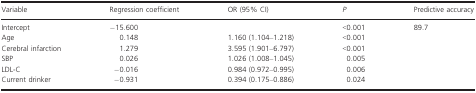
<table><thead><tr><td><b>Variable</b></td><td><b>Regression coefficient</b></td><td><b>OR (95% CI)</b></td><td><b><i>P</i></b></td><td><b>Predictive accuracy</b></td></tr></thead><tbody><tr><td>Intercept</td><td>−15.600</td><td></td><td>&lt;0.001</td><td>89.7</td></tr><tr><td>Age</td><td>0.148</td><td>1.160 (1.104–1.218)</td><td>&lt;0.001</td><td></td></tr><tr><td>Cerebral infarction</td><td>1.279</td><td>3.595 (1.901–6.797)</td><td>&lt;0.001</td><td></td></tr><tr><td>SBP</td><td>0.026</td><td>1.026 (1.008–1.045)</td><td>0.005</td><td></td></tr><tr><td>LDL-C</td><td>−0.016</td><td>0.984 (0.972–0.995)</td><td>0.006</td><td></td></tr><tr><td>Current drinker</td><td>−0.931</td><td>0.394 (0.175–0.886)</td><td>0.024</td><td></td></tr></tbody></table>